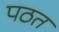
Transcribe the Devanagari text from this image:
पठत